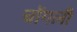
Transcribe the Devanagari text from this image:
चोंगली